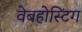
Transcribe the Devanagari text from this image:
वेबहोस्टिंग